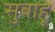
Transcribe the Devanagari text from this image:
सुबाहू